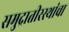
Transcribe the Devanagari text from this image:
समुद्रातीरस्थांचा